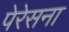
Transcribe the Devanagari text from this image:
पेरेसना